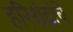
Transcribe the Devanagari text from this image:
हरिश्चंद्रांचे